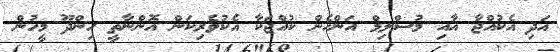
އަދި އެކުއްޖާ އާއި މުސްލިމް އަންހެން ކުއްޖަކާ އެކުވެރިކަން އޮންނާތީ ހިންދޫ މީހުން